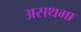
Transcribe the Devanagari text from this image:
असथमा